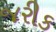
જરીક